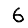
Digit: 6